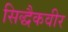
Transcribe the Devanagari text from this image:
सिद्धैकवीर